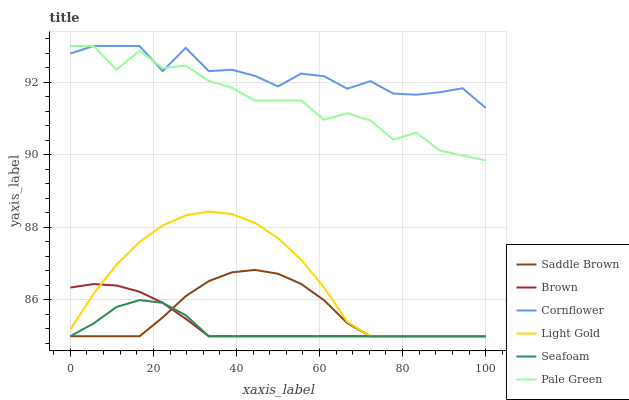
| xaxis_label | Saddle Brown | Brown | Cornflower | Light Gold | Seafoam | Pale Green |
 | --- | --- | --- | --- | --- | --- | --- |
 | 0 | 85 | 86.3 | 92.8 | 85.2 | 85 | 93 |
 | 5.56 | 85 | 86.4 | 93 | 86.2 | 85.4 | 93 |
 | 11.1 | 85 | 86.4 | 93 | 87 | 85.8 | 92.3 |
 | 16.7 | 85 | 86.2 | 93 | 87.6 | 86 | 92.9 |
 | 22.2 | 85.5 | 85.9 | 92.3 | 88.1 | 85.9 | 92.4 |
 | 27.8 | 86.1 | 85.5 | 92.9 | 88.3 | 85.6 | 92.5 |
 | 33.3 | 86.5 | 85 | 92.3 | 88.4 | 85 | 92 |
 | 38.9 | 86.8 | 85 | 92.3 | 88.4 | 85 | 91.9 |
 | 44.4 | 86.8 | 85 | 92.2 | 88.1 | 85 | 91.5 |
 | 50 | 86.7 | 85 | 91.9 | 87.7 | 85 | 91.5 |
 | 55.6 | 86.4 | 85 | 92.2 | 87.1 | 85 | 91.5 |
 | 61.1 | 86 | 85 | 92.2 | 86.3 | 85 | 91 |
 | 66.7 | 85.4 | 85 | 91.8 | 85.4 | 85 | 91.1 |
 | 72.2 | 85 | 85 | 92 | 85 | 85 | 90.9 |
 | 77.8 | 85 | 85 | 91.7 | 85 | 85 | 90.4 |
 | 83.3 | 85 | 85 | 91.7 | 85 | 85 | 90.6 |
 | 88.9 | 85 | 85 | 91.7 | 85 | 85 | 90.1 |
 | 94.4 | 85 | 85 | 91.8 | 85 | 85 | 90 |
 | 100 | 85 | 85 | 91.3 | 85 | 85 | 89.8 |